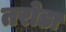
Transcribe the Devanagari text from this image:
तरोडा